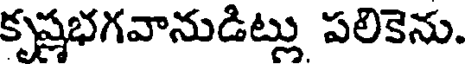
కృష్ణభగవానుడిట్లు పలికెను.